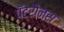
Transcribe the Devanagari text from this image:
पॅट्रोनस